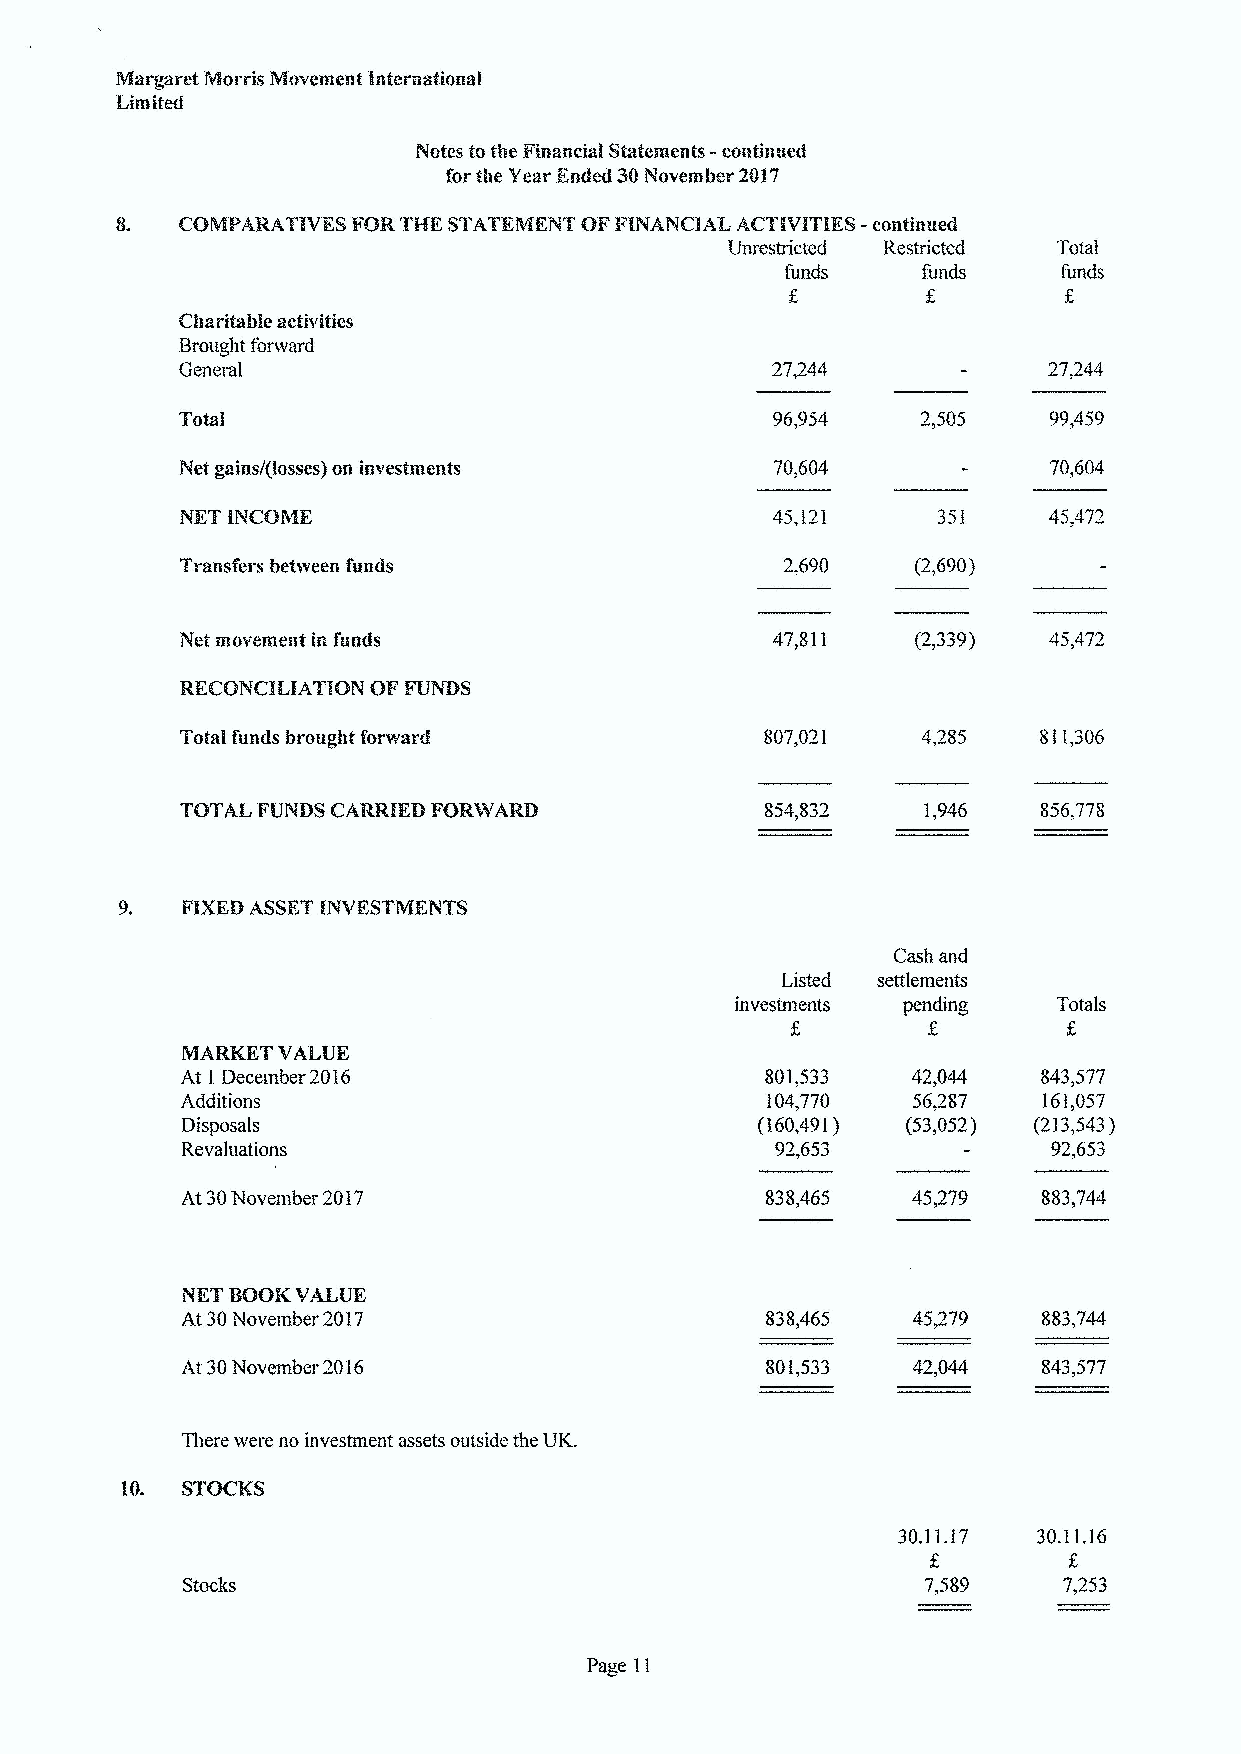
8.  COMPARATIVKS FORTHK STATEMENT OFFINANCIAL ACTIVITIES -continued
 Unrestricted Restricted Total
 funds    funcls   funds
 Charitable activities
 Brought forward
 General                                                  27,244
 Total                                  96,954            99,459
 Net gains/(losses) on investments      70,604            70.604
 NKT INCOME                             45,121     351
 2,690    {2,690)
 47,811    (2,339)
 807,021   4,285   811,306
 Cash and
 Listed settlements
 investments penchng  Totals
 MARKET VALUE
 At 1 December 2016                     801,533  42,044   843,577
 Aclchtlons                             104,770  56,287   161,057
 Disposals                             (160,491) {530,52) {2135,43)
 Revaluations                           92,653             92,653
 At 30November 2017
 NKT BOOK VALUE
 At 30November 2017                     838,465  45,279   883,744
 At 30November 2016                     801,533  42,044   843,577
 There were no investment assets outside the UK.
 10. STOCKS
 30.11.17  30.11,16
 Stocks                                           7,589    7,253
 Page 11